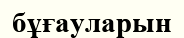
бұғауларын